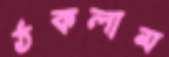
ঠকলাম